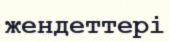
жендеттері